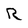
Character: R